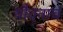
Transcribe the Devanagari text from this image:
यौवनाचं